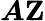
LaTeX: {\boldsymbol{A}}\mathbf{Z}